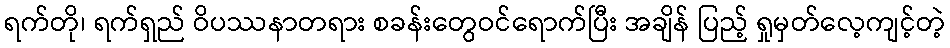
ရက်တို၊ ရက်ရှည် ဝိပဿနာတရား စခန်းတွေဝင်ရောက်ပြီး အချိန် ပြည့် ရှုမှတ်လေ့ကျင့်တဲ့